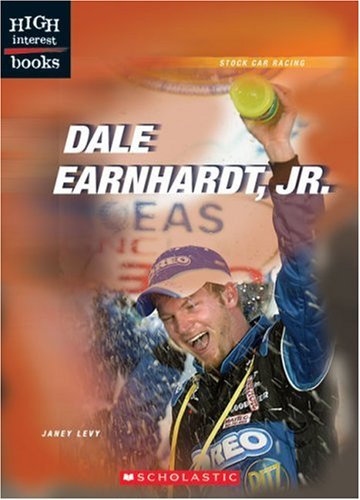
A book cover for Dale Earnhardt, Jr. (High Interest Books: Stock Car Racing); Janey Levy; Teen & Young Adult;